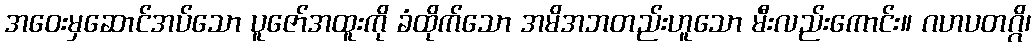
အဝေးမှဆောင်အပ်သော ပူဇော်အထူးကို ခံထိုက်သော အမိအဘတည်းဟူသော မီးလည်းကောင်း။ ဂဟပတဂ္ဂိ၊